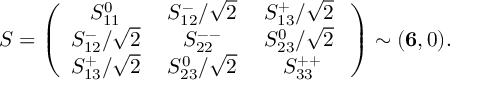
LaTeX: S = \left( \begin{array} { c c c } { { S _ { 1 1 } ^ { 0 } \; } } & { { S _ { 1 2 } ^ { - } / \sqrt 2 \; } } & { { S _ { 1 3 } ^ { + } / \sqrt 2 \; } } \\ { { S _ { 1 2 } ^ { - } / \sqrt 2 \; } } & { { S _ { 2 2 } ^ { -- } \; } } & { { S _ { 2 3 } ^ { 0 } / \sqrt 2 \; } } \\ { { S _ { 1 3 } ^ { + } / \sqrt 2 \; } } & { { S _ { 2 3 } ^ { 0 } / \sqrt 2 \; } } & { { S _ { 3 3 } ^ { + + } } } \end{array} \right) \sim ( { \bf 6 } , 0 ) .